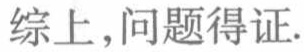
综上,问题得证.